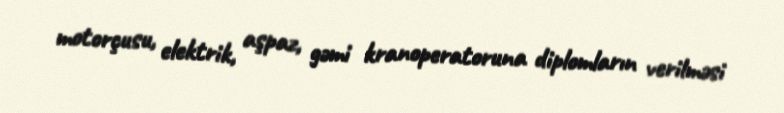
motorçusu, elektrik, aşpaz, gəmi kranoperatoruna diplomların verilməsi